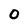
Character: 0